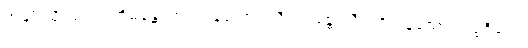
အမျိုးသို့။ ဥပသင်္ကမန္တေ၊ ကပ်ကုန်သော။ သီလဝန္တေ၊ သီလရှိကုန်သော။ ပဗ္ဗဇိတေ၊